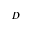
D